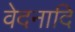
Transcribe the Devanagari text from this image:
वेदनादि